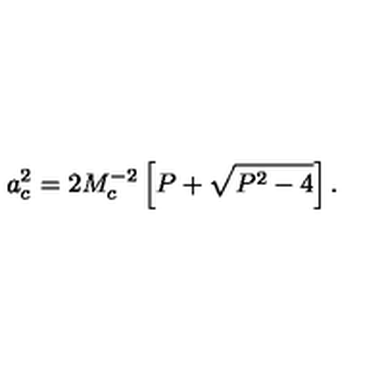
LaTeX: a _ { c } ^ { 2 } = 2 M _ { c } ^ { - 2 } \left[ P + \sqrt { P ^ { 2 } - 4 } \right] .